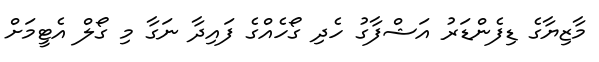
މާޒިޔާގެ ޑިފެންޑަރު އަޝްފާގު ހެދި ގޯހެއްގެ ފައިދާ ނަގާ މި ގޯލް އެޓީމަށް